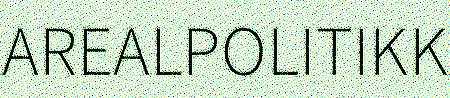
AREALPOLITIKK